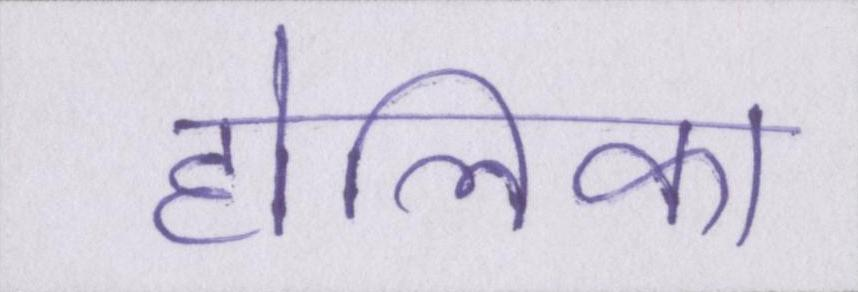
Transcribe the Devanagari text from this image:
होलिका